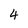
Character: 4